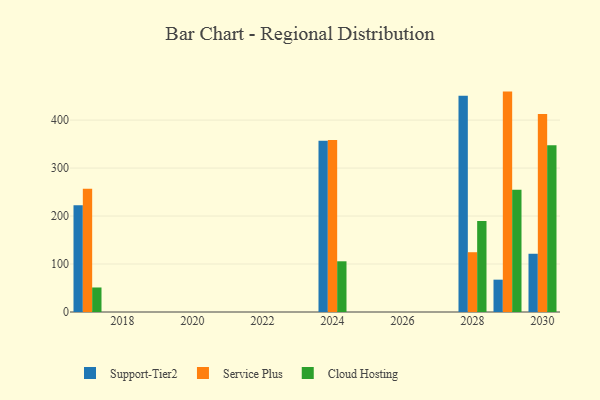
{"axis": {"x": "Year", "y": "Market Share (%)"}, "legend": ["Cloud Hosting", "Service Plus", "Support-Tier2"], "data": [{"x": "2030", "y": 121.4, "type": "Support-Tier2"}, {"x": "2030", "y": 412.6, "type": "Service Plus"}, {"x": "2030", "y": 347.8, "type": "Cloud Hosting"}, {"x": "2017", "y": 222.4, "type": "Support-Tier2"}, {"x": "2017", "y": 257.0, "type": "Service Plus"}, {"x": "2017", "y": 51.1, "type": "Cloud Hosting"}, {"x": "2028", "y": 450.5, "type": "Support-Tier2"}, {"x": "2028", "y": 124.6, "type": "Service Plus"}, {"x": "2028", "y": 189.6, "type": "Cloud Hosting"}, {"x": "2024", "y": 356.8, "type": "Support-Tier2"}, {"x": "2024", "y": 358.5, "type": "Service Plus"}, {"x": "2024", "y": 105.7, "type": "Cloud Hosting"}, {"x": "2029", "y": 67.4, "type": "Support-Tier2"}, {"x": "2029", "y": 459.4, "type": "Service Plus"}, {"x": "2029", "y": 254.6, "type": "Cloud Hosting"}]}